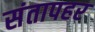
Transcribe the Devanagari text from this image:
संतापहर